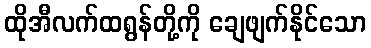
ထိုအီလက်ထရွန်တို့ကို ချေဖျက်နိုင်သော